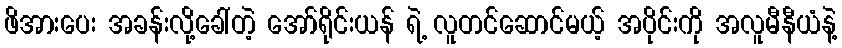
ဖိအားပေး အခန်းလို့ခေါ်တဲ့ အော်ရိုင်းယန် ရဲ့ လူတင်ဆောင်မယ့် အပိုင်းကို အလူမီနီယံနဲ့